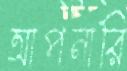
আপনারি